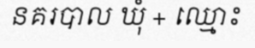
នគរបាល ឃុំ + ឈ្មោះ